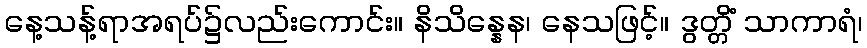
နေ့သန့်ရာအရပ်၌လည်းကောင်း။ နိသိန္နေန၊ နေသဖြင့်။ ဒွတ္တိံ သာကာရံ၊